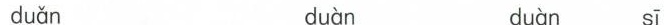
duǎn duàn duàn sī